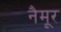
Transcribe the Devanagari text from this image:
नैमूर